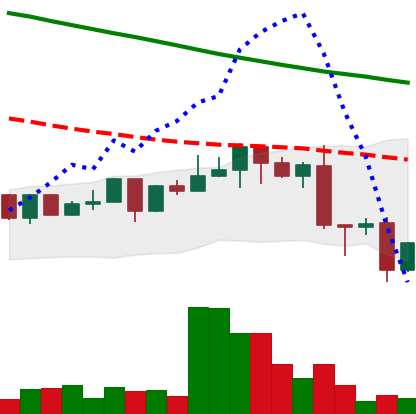
Ticker: NEO-USD
Chart end date: 2022-12-20
Forward return: -4.467%
Label: down_3_5